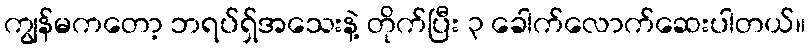
ကျွန်မကတော့ ဘရပ်ရှ်အသေးနဲ့ တိုက်ပြီး ၃ ခေါက်လောက်ဆေးပါတယ်။